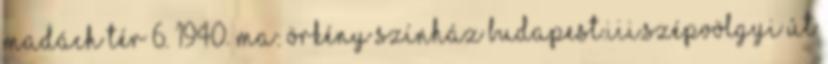
Madách tér 6. 1940. Ma: Örkény Színház Budapest.III.Szépvölgyi út